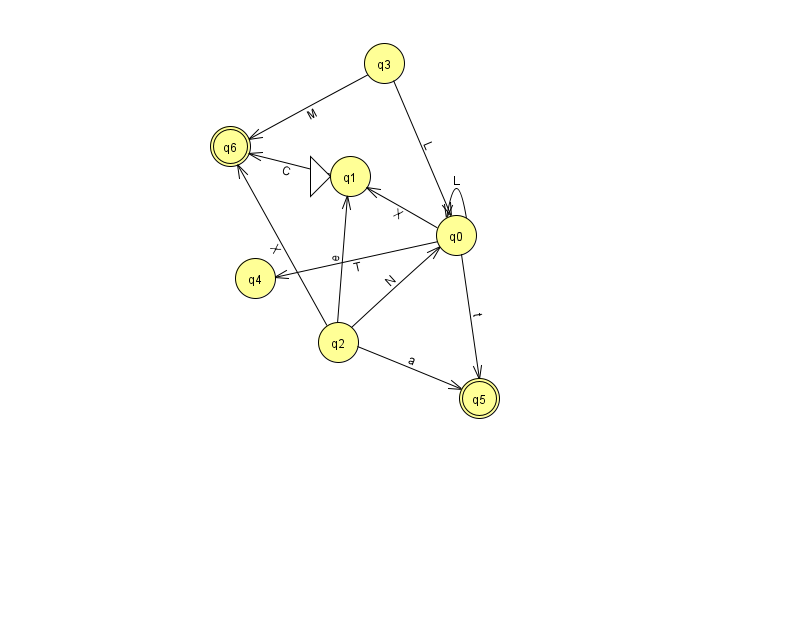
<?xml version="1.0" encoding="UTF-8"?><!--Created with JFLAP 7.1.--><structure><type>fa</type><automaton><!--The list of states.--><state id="0" name="q0"><x>456.0</x><y>222.0</y></state><state id="1" name="q1"><x>350.0</x><y>163.0</y><initial/></state><state id="2" name="q2"><x>338.0</x><y>329.0</y></state><state id="3" name="q3"><x>384.0</x><y>50.0</y></state><state id="4" name="q4"><x>255.0</x><y>265.0</y></state><state id="5" name="q5"><x>479.0</x><y>385.0</y><final/></state><state id="6" name="q6"><x>230.0</x><y>133.0</y><final/></state><!--The list of transitions.--><transition><from>0</from><to>5</to><read>t</read></transition><transition><from>0</from><to>1</to><read>X</read></transition><transition><from>0</from><to>4</to><read>T</read></transition><transition><from>3</from><to>6</to><read>M</read></transition><transition><from>2</from><to>5</to><read>a</read></transition><transition><from>2</from><to>6</to><read>X</read></transition><transition><from>1</from><to>6</to><read>C</read></transition><transition><from>0</from><to>0</to><read>L</read></transition><transition><from>2</from><to>1</to><read>e</read></transition><transition><from>2</from><to>0</to><read>N</read></transition><transition><from>3</from><to>0</to><read>L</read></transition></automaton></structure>